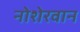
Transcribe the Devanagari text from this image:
नोशेरवान